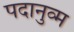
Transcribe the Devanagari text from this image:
पदानुव्म